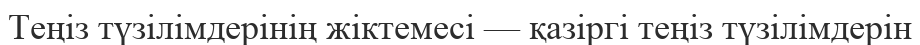
Теңіз түзілімдерінің жіктемесі — қазіргі теңіз түзілімдерін